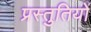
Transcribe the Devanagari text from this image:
प्रस्‍तुतियों